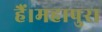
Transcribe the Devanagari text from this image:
हैं।महापुरा